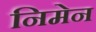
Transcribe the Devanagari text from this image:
निमेन